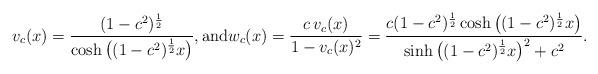
LaTeX: \begin{align*}v_c(x) = \frac{(1 - c^2)^\frac{1}{2}}{\cosh \big( (1 - c^2)^\frac{1}{2} x \big)}, {\rm and} w_c(x) = \frac{c \, v_c(x)}{1 - v_c(x)^2} = \frac{c (1 - c^2)^\frac{1}{2} \cosh \big( (1 - c^2)^\frac{1}{2} x \big)}{\sinh \big( (1 - c^2)^\frac{1}{2} x \big)^2 + c^2}.\end{align*}